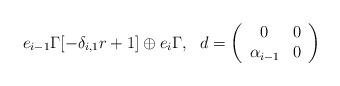
LaTeX: \begin{align*}e_{i-1}\Gamma [-\delta_{i,1}r+1]\oplus e_i\Gamma ,~~d=\left(\begin{array}{cc}0 & 0\\ \alpha_{i-1} & 0\end{array}\right)\end{align*}